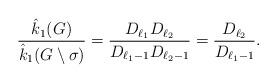
LaTeX: \begin{align*}\dfrac{\hat{k}_1{(G)}}{\hat{k}_1(G\setminus\sigma)}=\dfrac{D_{\ell_1}D_{\ell_2}}{D_{\ell_1-1}D_{\ell_2-1}}=\dfrac{D_{\ell_2}}{D_{\ell_1-1}}.\end{align*}